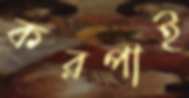
করপাই